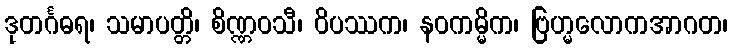
ဒုတင်္ဂဓရ၊ သမာပတ္တိ၊ စိဏ္ဏဝသီ၊ ဝိပဿက၊ နဝကမ္မိက၊ ဗြဟ္မလောကအာဂတ၊